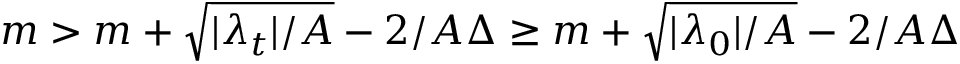
m > m + \sqrt { | \lambda _ { t } | / A } - 2 / A \Delta \geq m + \sqrt { | \lambda _ { 0 } | / A } - 2 / A \Delta